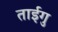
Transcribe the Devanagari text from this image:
ताईगु